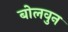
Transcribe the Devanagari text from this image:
बोलवुन